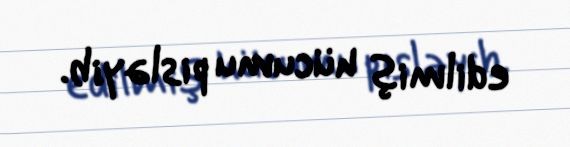
edilmiş hücumu pisləyib.